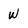
Character: W